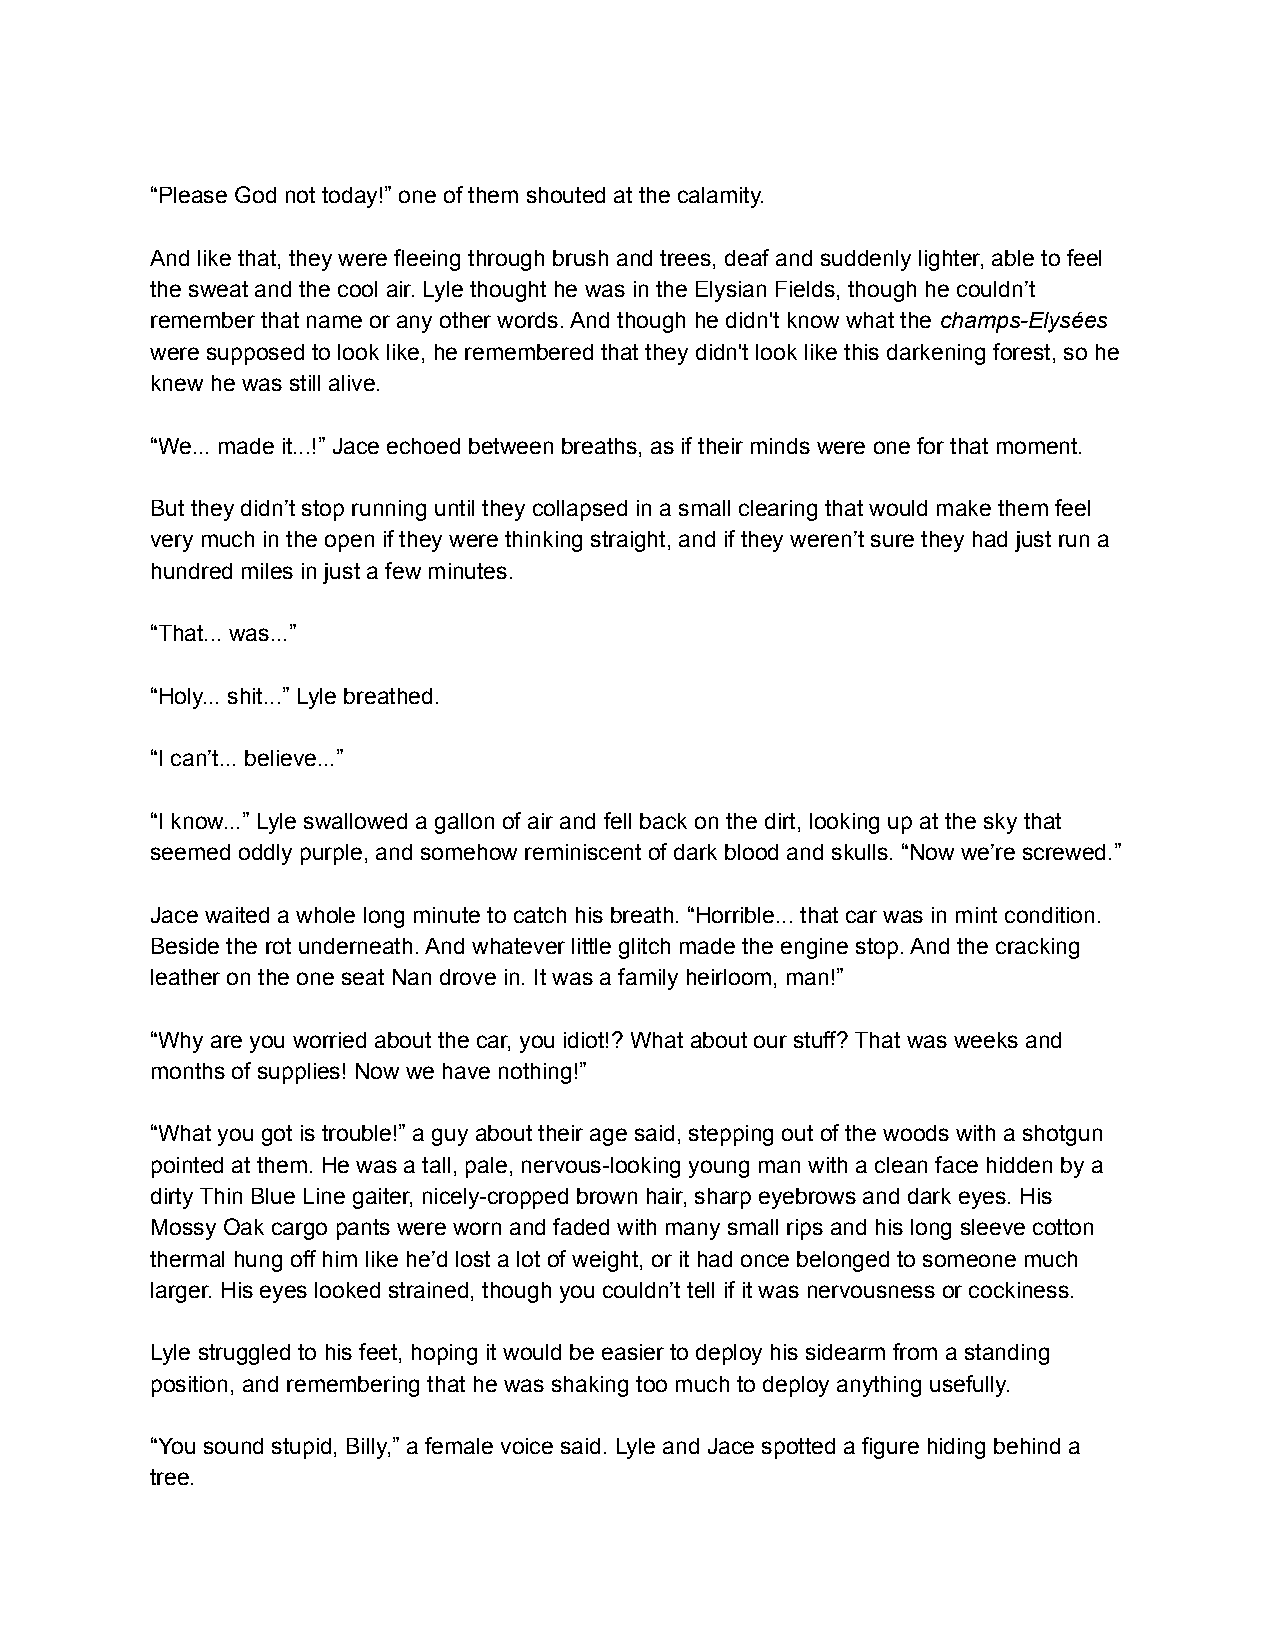
“Please God not today!” one of them shouted at the calamity.
 And like that, they were fleeing through brush and trees, deaf and suddenly lighter, able to feel
 the sweat and the cool air. Lyle thought he was in the Elysian Fields, though he couldn’t
 remember that name or any other words. And though he didn't know what the champs-Elysées
 were supposed to look like, he remembered that they didn't look like this darkening forest, so he
 knew he was still alive.
 “We... made it...!” Jace echoed between breaths, as if their minds were one for that moment.
 But they didn’t stop running until they collapsed in a small clearing that would make them feel
 very much in the open if they were thinking straight, and if they weren’t sure they had just run a
 hundred miles in just a few minutes.
 “That... was...”
 “Holy... shit...” Lyle breathed.
 “I can’t... believe...”
 “I know...” Lyle swallowed a gallon of air and fell back on the dirt, looking up at the sky that
 seemed oddly purple, and somehow reminiscent of dark blood and skulls. “Now we’re screwed.”
 Jace waited a whole long minute to catch his breath. “Horrible... that car was in mint condition.
 Beside the rot underneath. And whatever little glitch made the engine stop. And the cracking
 leather on the one seat Nan drove in. It was a family heirloom, man!”
 “Why are you worried about the car, you idiot!? What about our stuff? That was weeks and
 months of supplies! Now we have nothing!”
 “What you got is trouble!” a guy about their age said, stepping out of the woods with a shotgun
 pointed at them. He was a tall, pale, nervous-looking young man with a clean face hidden by a
 dirty Thin Blue Line gaiter, nicely-cropped brown hair, sharp eyebrows and dark eyes. His
 Mossy Oak cargo pants were worn and faded with many small rips and his long sleeve cotton
 thermal hung off him like he’d lost a lot of weight, or it had once belonged to someone much
 larger. His eyes looked strained, though you couldn’t tell if it was nervousness or cockiness.
 Lyle struggled to his feet, hoping it would be easier to deploy his sidearm from a standing
 position, and remembering that he was shaking too much to deploy anything usefully.
 “You sound stupid, Billy,” a female voice said. Lyle and Jace spotted a figure hiding behind a
 tree.